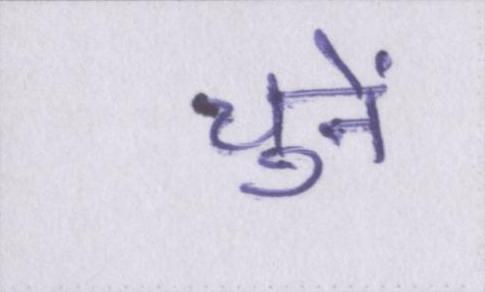
चुनें